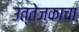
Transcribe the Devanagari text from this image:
उत्तेजकाचा